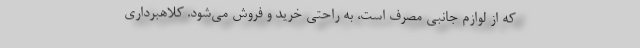
که از لوازم جانبی مصرف است، به راحتی خرید و فروش می‌شود. کلاهبرداری